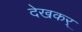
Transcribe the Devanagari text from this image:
देखकर्